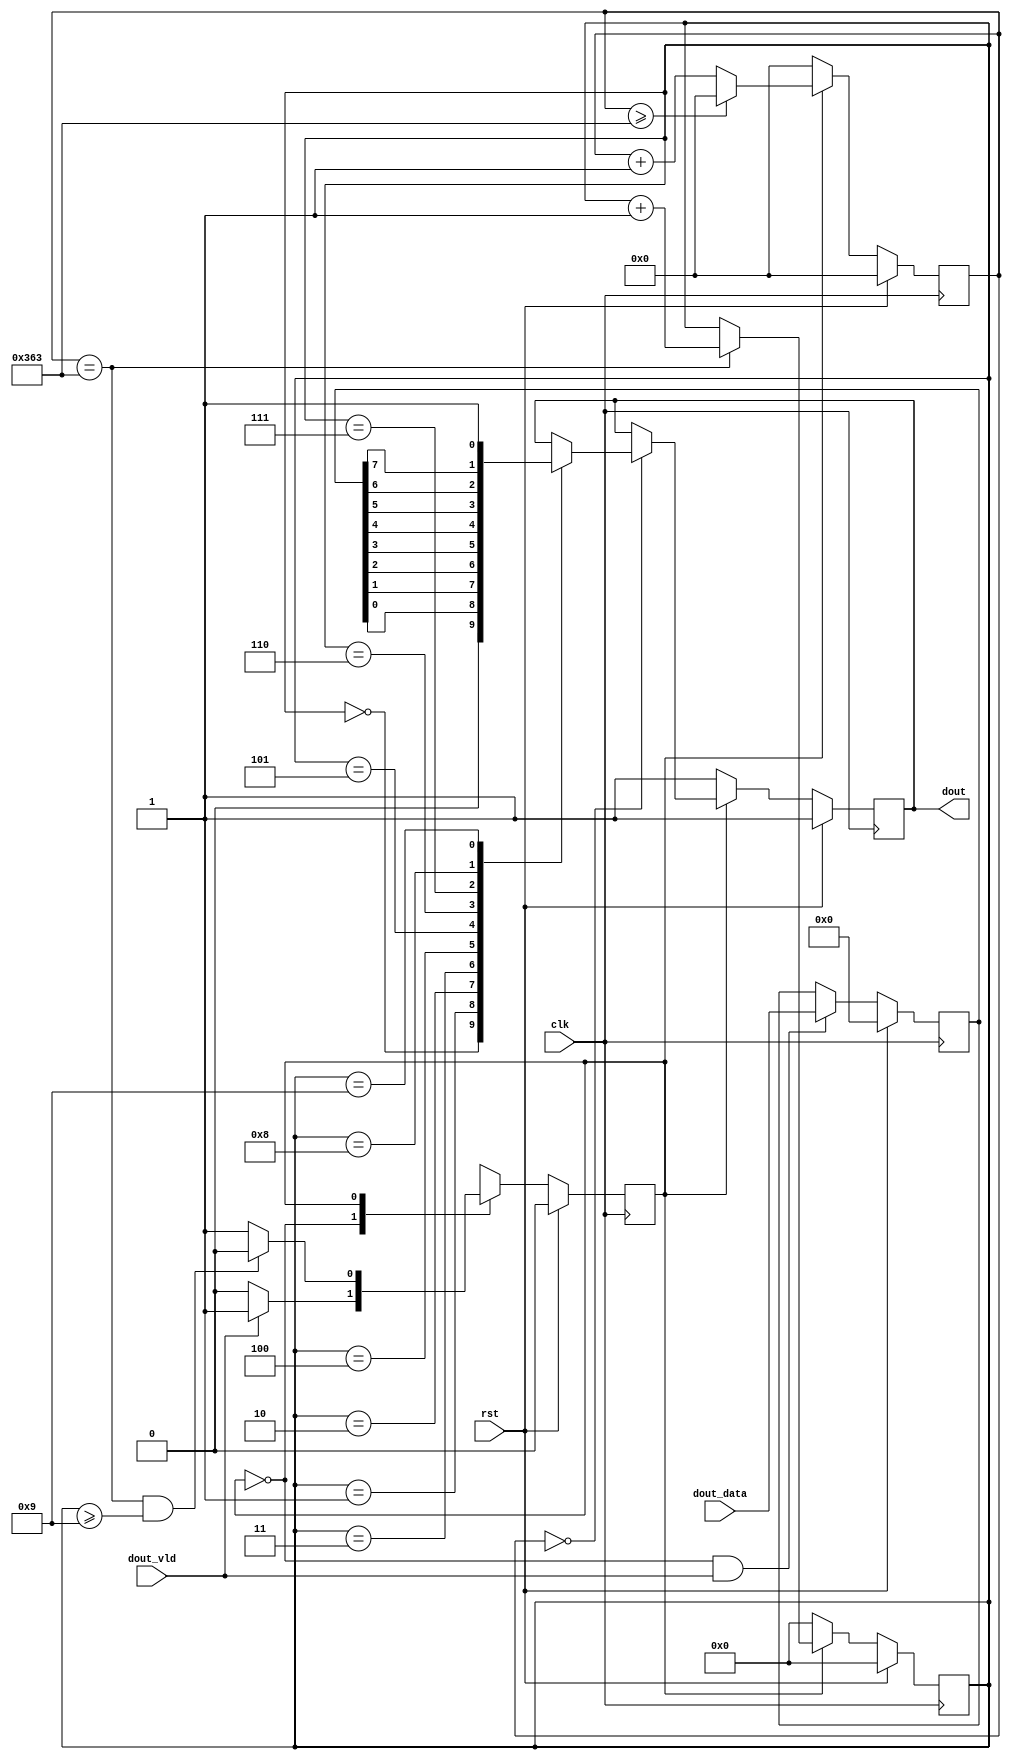
`timescale 1ns / 1ps
/* 
 *   Adapted: wintermelon
 *   Last update: 2023.04.13
 */


module Send(
    input clk, 
    input rst,

    output reg dout,

    input dout_vld,
    input [7:0] dout_data
);

    localparam DIV_CNT   = 10'd867;
    localparam HDIV_CNT  = 10'd433;
    localparam TX_CNT    = 4'h9;
    localparam C_IDLE    = 1'b0;
    localparam C_TX      = 1'b1;    

    reg current_state;
    reg next_state;    
    
    reg [9:0]   div_cnt;
    reg [4:0]   tx_cnt;
    reg [7:0]   tx_reg;


    always@(posedge clk) begin
        if(rst)
            current_state <= C_IDLE;
        else
            current_state <= next_state;
    end    

    always@(*) begin
        case(current_state)
            C_IDLE:
                if(dout_vld == 1'b1)
                    next_state = C_TX;
                else
                    next_state = C_IDLE;
            C_TX:
                if((div_cnt == DIV_CNT) && (tx_cnt >= TX_CNT))
                    next_state = C_IDLE;
                else
                    next_state = C_TX;
        endcase
    end

    always@(posedge clk) begin
        if(rst)
            div_cnt <= 10'h0;
        else if(current_state == C_TX) begin
            if(div_cnt >= DIV_CNT)
                div_cnt <= 10'h0;
            else
                div_cnt <= div_cnt + 10'h1;
        end
        else
            div_cnt <= 10'h0;
    end

    always@(posedge clk) begin
        if(rst)
            tx_cnt  <= 4'h0;
        else if(current_state == C_TX) begin
            if(div_cnt == DIV_CNT)
                tx_cnt <= tx_cnt + 1'b1;
        end
        else
            tx_cnt <= 4'h0;
    end

    always@(posedge clk) begin
        if(rst)
            tx_reg <= 8'b0;
        else if((current_state == C_IDLE) && (dout_vld ==1'b1))
            tx_reg <= dout_data;
    end


    always@(posedge clk) begin
        if(rst)
            dout <= 1'b1;
        else if(current_state == C_IDLE)
            dout <= 1'b1;
        else if(div_cnt == 10'h0) begin
            case(tx_cnt)
                4'h0: dout <= 1'b0;
                4'h1: dout <= tx_reg[0];
                4'h2: dout <= tx_reg[1];
                4'h3: dout <= tx_reg[2];
                4'h4: dout <= tx_reg[3];
                4'h5: dout <= tx_reg[4];
                4'h6: dout <= tx_reg[5];
                4'h7: dout <= tx_reg[6];
                4'h8: dout <= tx_reg[7];
                4'h9: dout <= 1'b1;
            endcase
        end
    end
endmodule